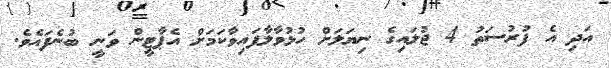
އަދި އެ ފުރުސަތު 4 ޖުލައިގެ ނިޔަލަށް ހުޅުވާލާފައިވާކަމަށް އެޕާޓީން ވަނީ ބުނެފައެވެ.